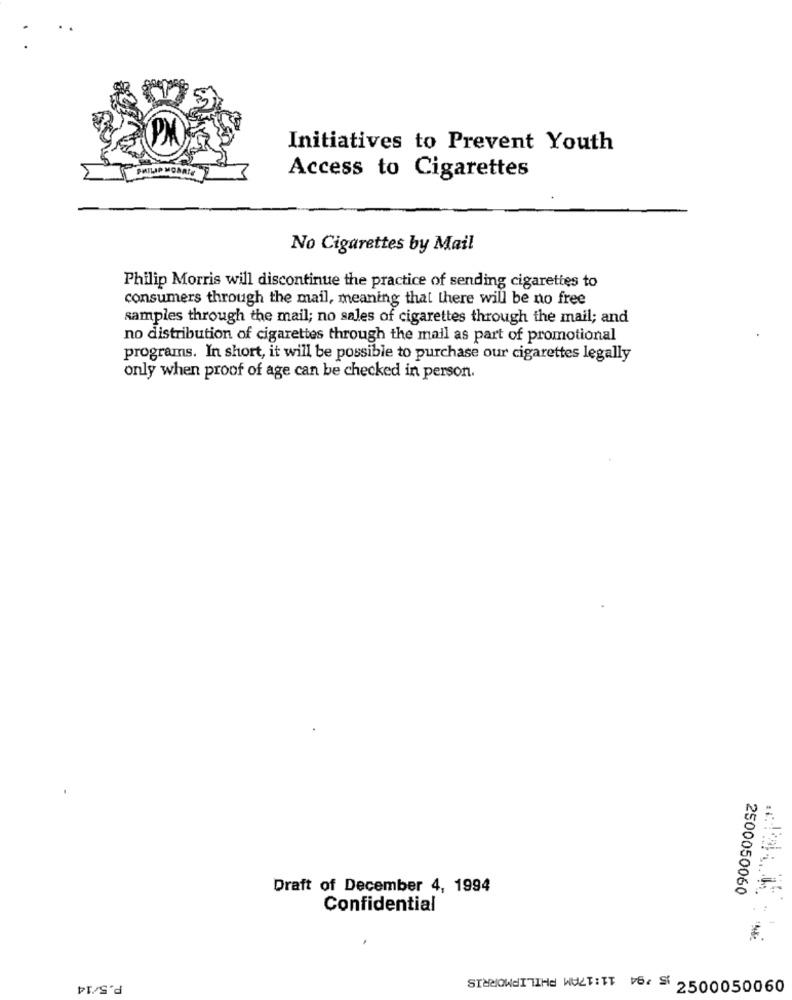
Initiatives to Prevent Youth
Access to Cigarettes
No Cigarettes by Mail
Philip Morris will discontinue the practice of sending cigarettes to
consumers through the mail, meaning that there will be no free
samples through the mail; no sales of cigarettes through the mail; and
no distribution of cigarettes through the mail as part of promotional
programs. In short, it will be possible to purchase our cigarettes legally
only when proof of age can be checked in person.
Draft of December 4, 1994
2500050060
Confidential
P.5/14
STANOWITIHE WELT :TT v6: S2500050060